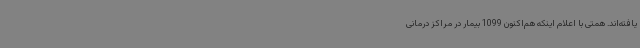
یافته‌اند. همتی با اعلام اینکه هم‌اکنون 1099 بیمار در مراکز درمانی